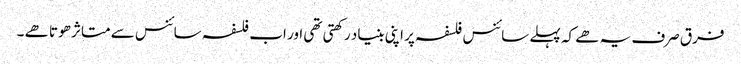
فرق صرف یہ ھے کہ پہلے سائنس فلسفہ پر اپنی بنیاد رکھتی تھی اور اب فلسفہ سائنس سے متاثر ھوتا ھے ۔